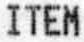
ITER